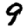
Digit: 9